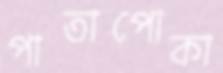
পাতাপোকা